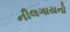
નીલગાયનો